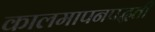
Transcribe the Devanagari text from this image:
कालमापनपद्धती